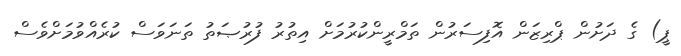
ޕީ) ގެ ދަށުން ޕްރިޒަން އޮފިސަރުން ތަމްރީންކުރުމަށް އިތުރު ފުރުޞަތު ތަނަވަސް ކުރެއްވުމަށްވެސް